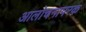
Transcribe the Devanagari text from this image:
आलोचनापरक